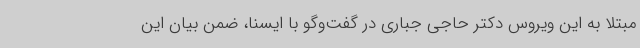
مبتلا به این ویروس دکتر حاجی جباری در گفت‌وگو با ایسنا، ضمن بیان این